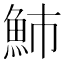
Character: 䰽